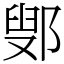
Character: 鄋